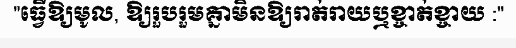
"ធ្វើឱ្យមូល, ឱ្យរួបរួមគ្នាមិនឱ្យរាត់រាយឬខ្ចាត់ខ្ចាយ :"